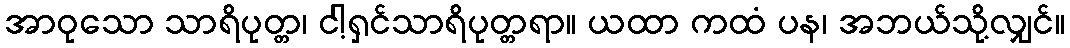
အာဝုသော သာရိပုတ္တ၊ ငါ့ရှင်သာရိပုတ္တရာ။ ယထာ ကထံ ပန၊ အဘယ်သို့လျှင်။